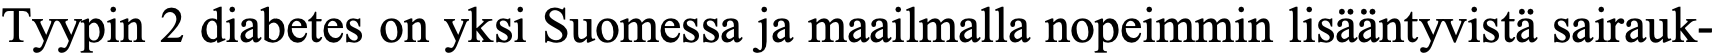
Tyypin 2 diabetes on yksi Suomessa ja maailmalla nopeimmin lisääntyvistä sairauk-